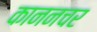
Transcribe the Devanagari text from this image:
काननचर